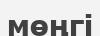
мөңгі